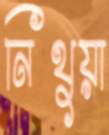
নিথুয়া